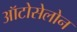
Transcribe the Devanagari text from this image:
ऑटोसेलोन